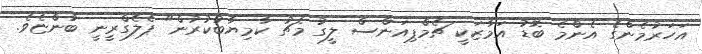
އަހަރުމެންގެ އެންމެ ބޮޑު އަމާޒަކީ ޗެމްޕިއަންސް ލީގު މެޗު ކާމިޔާބުކުރުން" ޕެލެގްރީނީ ބުންޏެވެ.